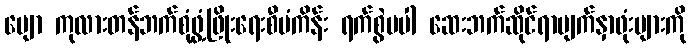
မျော ကုလားတန်ဘက်စုံဖွံ့ဖြိုးရေးစီမံကိန်း ရက်စွဲမပါ ဆေးဘက်ဆိုင်ရာမျက်နှာဖုံးများကို